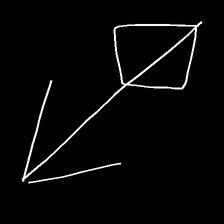
Glyph: focus